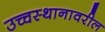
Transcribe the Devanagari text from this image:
उच्चस्थानावरील